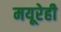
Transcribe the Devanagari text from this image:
मयूरेही